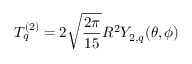
T _ { q } ^ { ( 2 ) } = 2 \sqrt { \frac { 2 \pi } { 1 5 } } R ^ { 2 } Y _ { 2 , q } ( \theta , \phi )